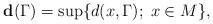
LaTeX: \begin{align*}\mathbf{d}(\Gamma )=\sup\{d(x,\Gamma );\; x\in M\},\end{align*}